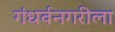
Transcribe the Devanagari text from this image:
गंधर्वनगरीला